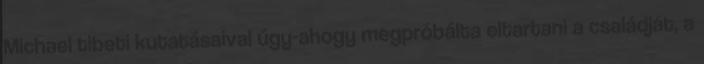
Michael tibeti kutatásaival úgy-ahogy megpróbálta eltartani a családját, a